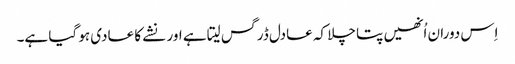
اِس دوران اُنھیں پتا چلا کہ عادل ڈرگس لیتا ہے اور نشے کا عادی ہو گیا ہے۔